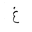
Letter: _gayn